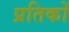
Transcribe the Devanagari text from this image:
प्रतिकों